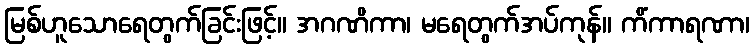
မြစ်ဟူသောရေတွက်ခြင်းဖြင့်။ အဂဏိကာ၊ မရေတွက်အပ်ကုန်။ ကိံကာရဏာ၊